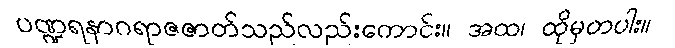
ပဏ္ဍရနာဂရာဇဇာတ်သည်လည်းကောင်း။ အထ၊ ထိုမှတပါး။